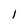
Character: I